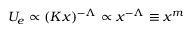
U _ { e } \propto ( K x ) ^ { - \Lambda } \propto x ^ { - \Lambda } \equiv x ^ { m }